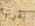
بقربها